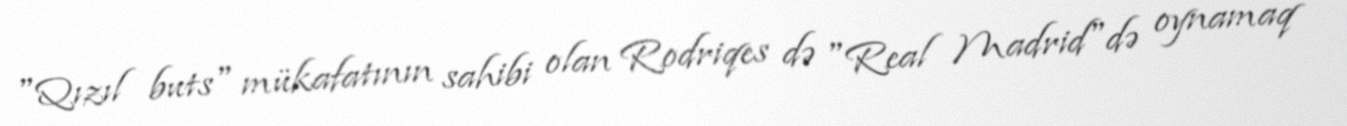
"Qızıl buts" mükafatının sahibi olan Rodriqes də "Real Madrid"də oynamaq